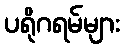
ပရိုဂရမ်များ